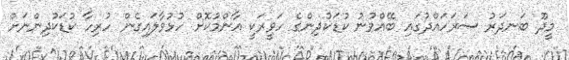
މީދޫ ބަނދަރު ސަރަހައްދުގައި ބޭއްވުނު ކުޑަކުދިންގެ ހަވީރަކީ އާންމުކޮށް ހުޅުވާލައިގެން ހުރިހާ ކުޑަކުދިންނަށް